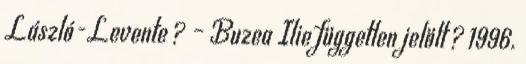
László-Levente ? – Buzea Ilie független jelölt ? 1996.